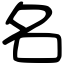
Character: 名